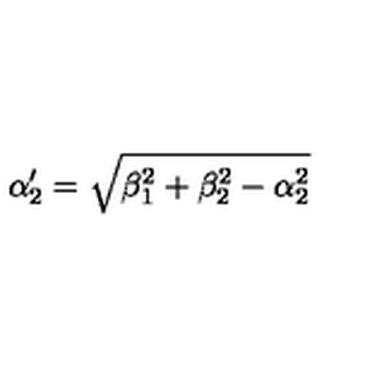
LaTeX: \alpha _ { 2 } ^ { \prime } = \sqrt { \beta _ { 1 } ^ { 2 } + \beta _ { 2 } ^ { 2 } - \alpha _ { 2 } ^ { 2 } }